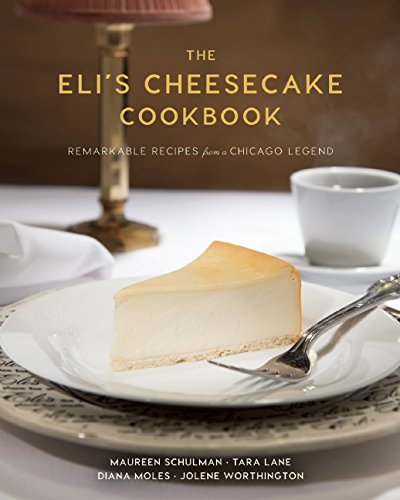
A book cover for The Eli's Cheesecake Cookbook: Remarkable Recipes from a Chicago Legend; Maureen Schulman; Cookbooks, Food & Wine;